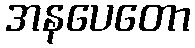
အနပေတော